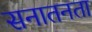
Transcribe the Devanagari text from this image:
सनातनता